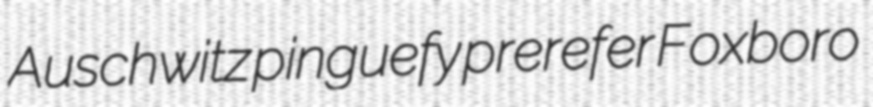
Auschwitz pinguefy prerefer Foxboro